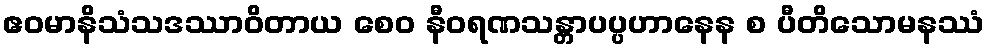
ဧဝမာနိသံသဒဿာဝိတာယ စေဝ နီဝရဏသန္တာပပ္ပဟာနေန စ ပီတိသောမနဿံ